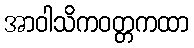
အာဝါသိကဝတ္တကထာ